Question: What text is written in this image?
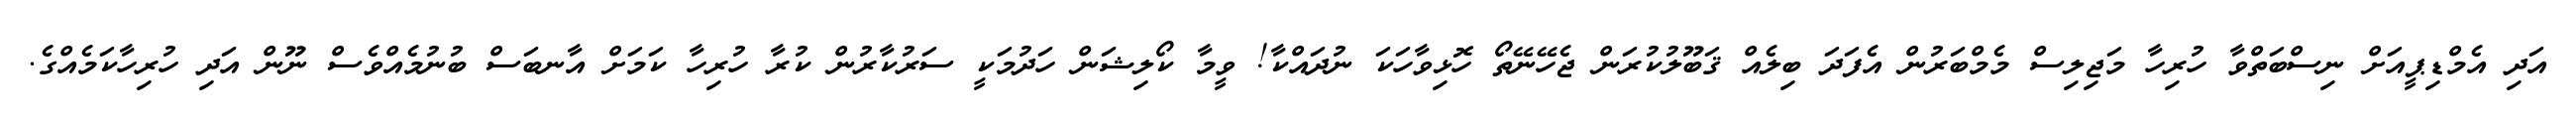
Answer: އަދި އެމްޑިޕީއަށް ނިސްބަތްވާ ހުރިހާ މަޖިލިސް މެމްބަރުން އެފަދަ ބިލެއް ޤަބޫލުކުރަން ޖެހޭނޭތޯ ހޮޅިވާހަކަ ނުދައްކާ! ވީމާ ކޯލިޝަން ހަދުމަކީ ސަރުކާރުން ކުރާ ހުރިހާ ކަމަށް އާނބަސް ބުނުމެއްވެސް ނޫން އަދި ހުރިހާކަމެއްގެ.